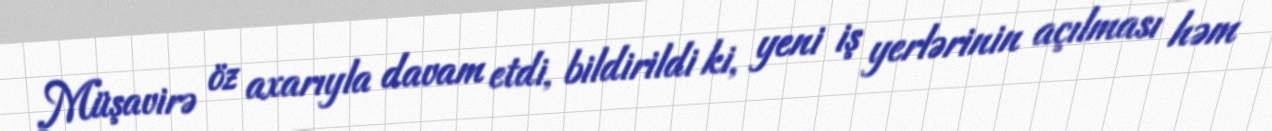
Müşavirə öz axarıyla davam etdi, bildirildi ki, yeni iş yerlərinin açılması həm